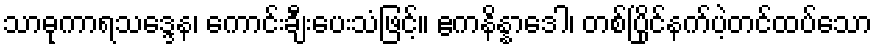
သာဓုကာရသဒ္ဒေန၊ ကောင်းချီးပေးသံဖြင့်။ ဧကနိန္နာဒေါ၊ တစ်ပြိုင်နက်ပဲ့တင်ထပ်သော